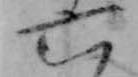
六